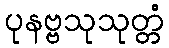
ပုနဗ္ဗသုသုတ္တံ